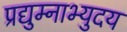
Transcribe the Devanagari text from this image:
प्रद्युम्नाभ्युदय